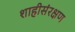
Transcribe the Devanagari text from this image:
शाहीसंरक्षण